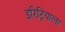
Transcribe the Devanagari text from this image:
इरिट्रियाला